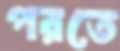
পরতে